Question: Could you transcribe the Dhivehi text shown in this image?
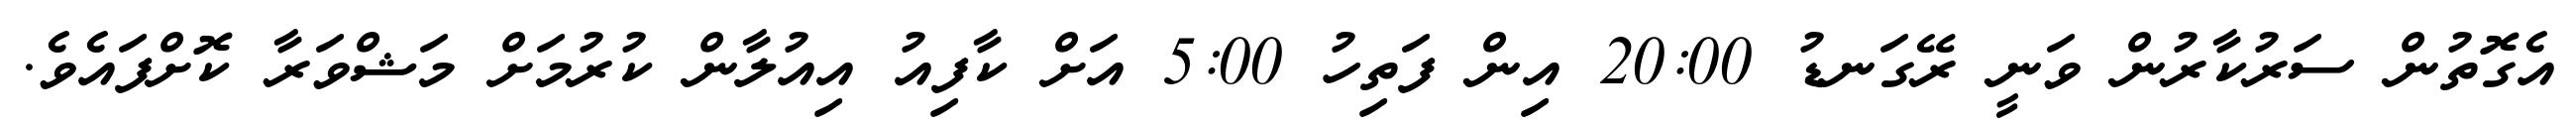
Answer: އެގޮތުން ސަރުކާރުން ވަނީ ރޭގަނޑު 20:00 އިން ފަތިހު 5:00 އަށް ކާފިއު އިއުލާން ކުރުމަށް މަޝްވަރާ ކޮށްފައެވެ.